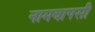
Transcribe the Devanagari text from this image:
नामवापसी